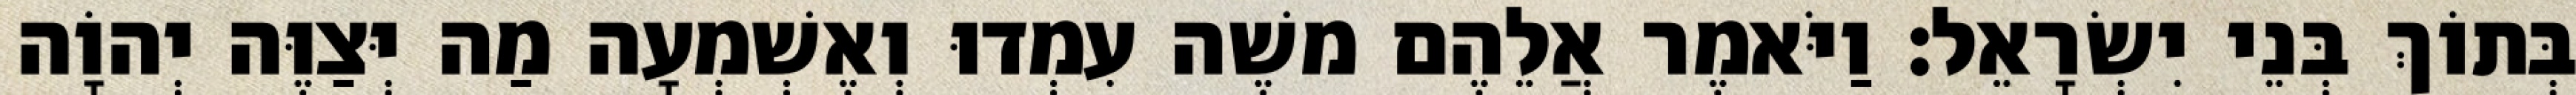
בְּתוֹךְ בְּנֵי יִשְׂרָאֵל׃ וַיֹּאמֶר אֲלֵהֶם משֶׁה עִמְדוּ וְאֶשְׁמְעָה מַה יְּצַוֶּה יְהוָֹה